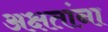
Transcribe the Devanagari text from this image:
अक्षतांना